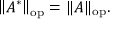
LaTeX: \left\| A ^ { * } \right\| _ { \mathrm { o p } } = \| A \| _ { \mathrm { o p } } .